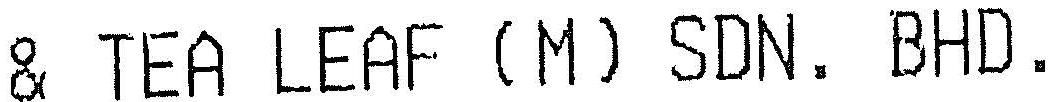
& TEA LEAF (M) SDN. BHD.